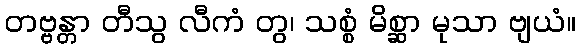
တဗ္ဗန္တာ တီသွ လီကံ တွ၊ သစ္စံ မိစ္ဆာ မုသာ ဗျယံ။